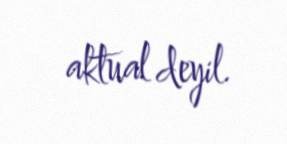
aktual deyil.